38_143685_box_Incident_Summaries_173-233
Agency: Department of War
Page 133
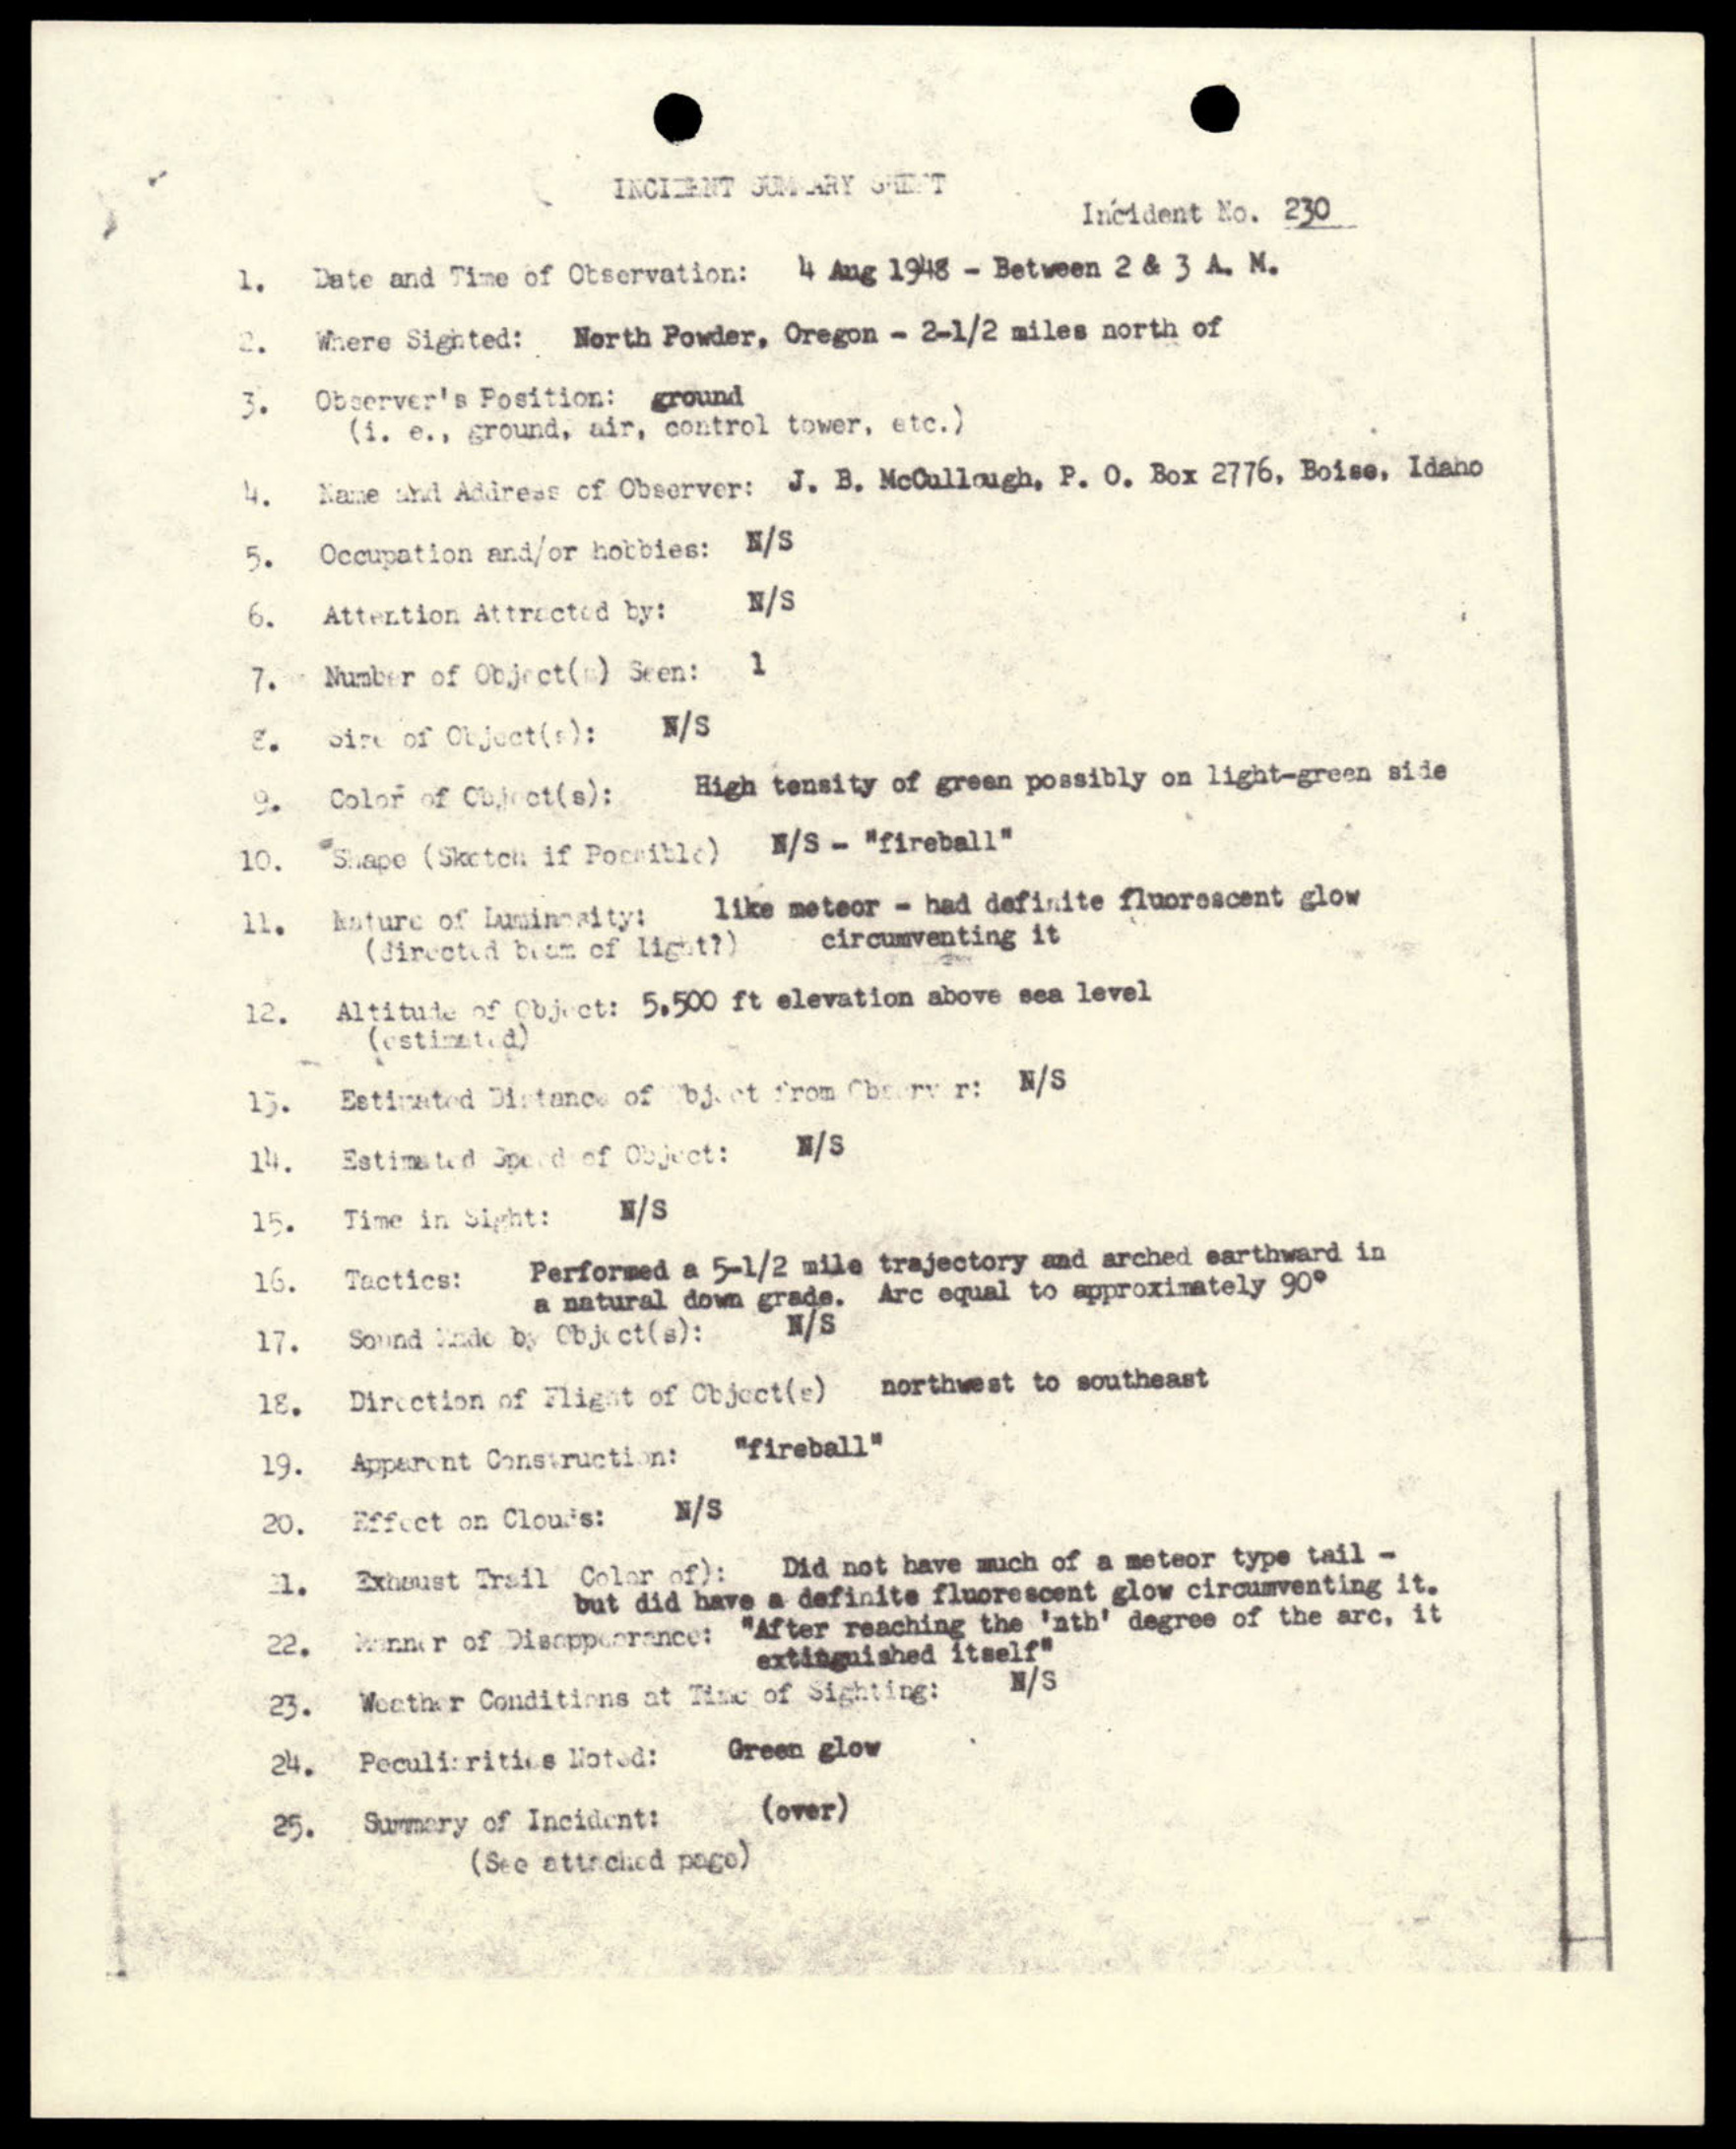